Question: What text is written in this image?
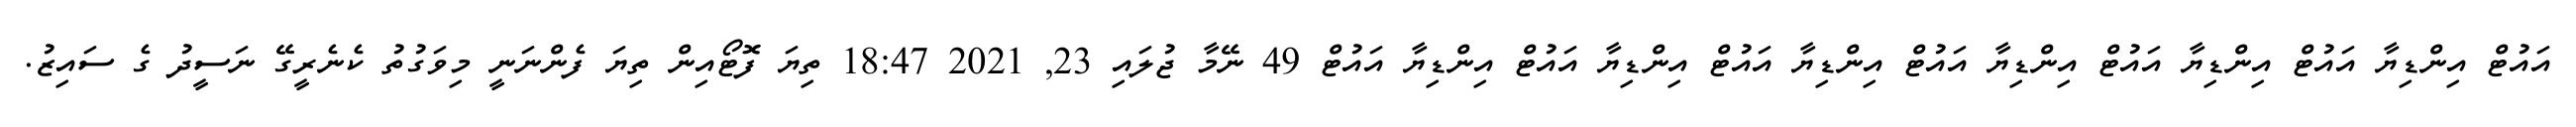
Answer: އައުޓް އިންޑިޔާ އައުޓް އިންޑިޔާ އައުޓް އިންޑިޔާ އައުޓް އިންޑިޔާ އައުޓް އިންޑިޔާ އައުޓް އިންޑިޔާ އައުޓް 49 ނޭމާ ޖުލައި 23, 2021 18:47 ތިޔަ ފޮޓޯއިން ތިޔަ ފެންނަނީ މިވަގުތު ކެނެރީގޭ ނަސީދު ގެ ސައިޒު.